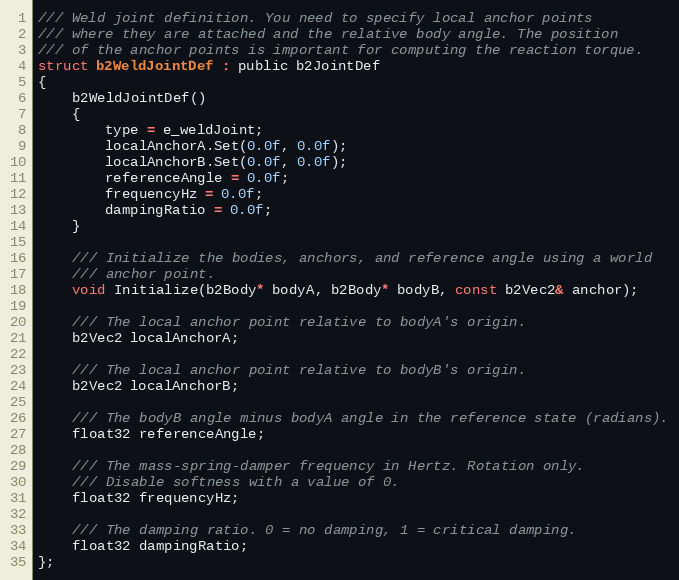
Language: C
/// Weld joint definition. You need to specify local anchor points
/// where they are attached and the relative body angle. The position
/// of the anchor points is important for computing the reaction torque.
struct b2WeldJointDef : public b2JointDef
{
	b2WeldJointDef()
	{
		type = e_weldJoint;
		localAnchorA.Set(0.0f, 0.0f);
		localAnchorB.Set(0.0f, 0.0f);
		referenceAngle = 0.0f;
		frequencyHz = 0.0f;
		dampingRatio = 0.0f;
	}

	/// Initialize the bodies, anchors, and reference angle using a world
	/// anchor point.
	void Initialize(b2Body* bodyA, b2Body* bodyB, const b2Vec2& anchor);

	/// The local anchor point relative to bodyA's origin.
	b2Vec2 localAnchorA;

	/// The local anchor point relative to bodyB's origin.
	b2Vec2 localAnchorB;

	/// The bodyB angle minus bodyA angle in the reference state (radians).
	float32 referenceAngle;

	/// The mass-spring-damper frequency in Hertz. Rotation only.
	/// Disable softness with a value of 0.
	float32 frequencyHz;

	/// The damping ratio. 0 = no damping, 1 = critical damping.
	float32 dampingRatio;
};